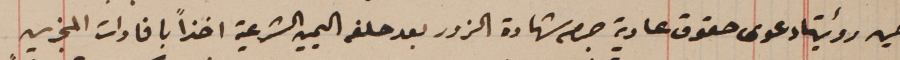
حين رؤيته دعوى حقوق عادية جرم شهادة الزور بعد حلفه اليمين الشرعية اخذاً بافادات المجزين